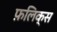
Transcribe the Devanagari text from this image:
फ़लिक्स